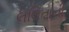
લલિતાની